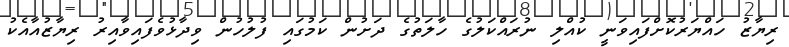
ރިޔާޒު ހައްޔަރުކޮށްފައިވަނީ ކުއްލި ނުރައްކަލުގެ ހާލަތުގެ ދަށުން ކަމުގައި ފުލުހުން ވިދާޅުވެފައިވާއިރު ރިޔާޒުއާއެކު